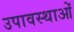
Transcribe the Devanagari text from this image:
उपावस्थाओं